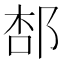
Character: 𨛢